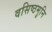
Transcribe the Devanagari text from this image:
वसिष्ठमुनि